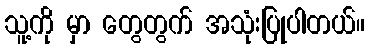
သူ့ကို မှာ တွေတွက် အသုံးပြုပါတယ်။